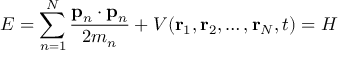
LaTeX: E = \sum _ { n = 1 } ^ { N } { \frac { \mathbf { p } _ { n } \cdot \mathbf { p } _ { n } } { 2 m _ { n } } } + V ( \mathbf { r } _ { 1 } , \mathbf { r } _ { 2 } , \ldots , \mathbf { r } _ { N } , t ) = H \,